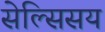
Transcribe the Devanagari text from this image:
सेल्सिसय